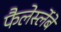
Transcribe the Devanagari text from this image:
फैलेर्स्लेबें